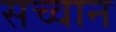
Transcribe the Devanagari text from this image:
सच्वान